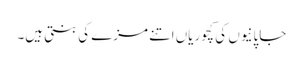
جاپانیوں کی کچوریاں اتنے مزے کی بنتی ہیں۔